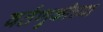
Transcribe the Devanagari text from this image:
वर्तणुकीच्या